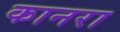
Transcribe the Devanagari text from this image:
कानरा